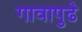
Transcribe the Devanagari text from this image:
गावापुढे